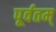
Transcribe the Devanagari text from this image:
पूर्वतम्